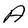
Character: A